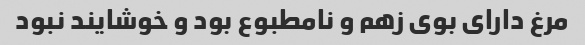
مرغ دارای بوی زهم و نامطبوع بود و خوشایند نبود